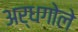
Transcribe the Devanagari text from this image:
अर्धगोले